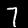
Label: 7